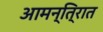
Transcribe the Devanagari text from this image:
आमन्ति्रात